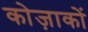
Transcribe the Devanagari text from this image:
कोज़ाकों